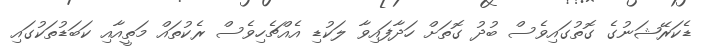
ޑެކަރޭޝަނުގެ ގޮތުގައިވެސް ބުދު ގޮތަށް ހަދާފައިވާ ލަކުޑި އެއްޗެހިވެސް ރެކުތައް މަތީއާއި ކަބަޑުތަކުގައި